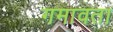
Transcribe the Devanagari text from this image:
गमावता